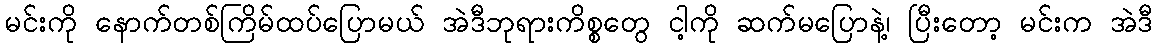
မင်းကို နောက်တစ်ကြိမ်ထပ်ပြောမယ် အဲဒီဘုရားကိစ္စတွေ ငါ့ကို ဆက်မပြောနဲ့၊ ပြီးတော့ မင်းက အဲဒီ